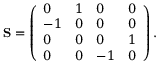
\mathbf { S } = \left( \begin{array} { l l l l } { 0 } & { 1 } & { 0 } & { 0 } \\ { - 1 } & { 0 } & { 0 } & { 0 } \\ { 0 } & { 0 } & { 0 } & { 1 } \\ { 0 } & { 0 } & { - 1 } & { 0 } \end{array} \right) .